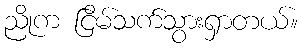
ညိုက ငြိမ်သက်သွားရှာတယ်။